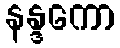
နန္ဒကော